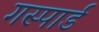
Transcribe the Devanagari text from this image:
गस्पार्ड